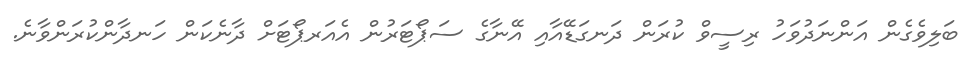
ބަލިވެގެން އަންނަދުވަހު ރިސީވް ކުރަން ދަނގަޑޭއާއި އޭނާގެ ސަޕޯޓަރުން އެއަރޕޯޓަށް ދާނެކަން ހަނދާންކުރަންވާނެ.